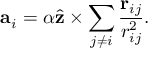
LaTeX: { \bf a } _ { i } = \alpha \hat { \bf z } \times \sum _ { j \neq i } \frac { { \bf r } _ { i j } } { r _ { i j } ^ { 2 } } .